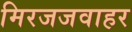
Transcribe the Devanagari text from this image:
मिरजजवाहर